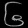
Digit: ၆